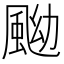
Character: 䬀